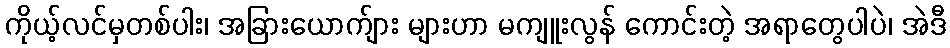
ကိုယ့်လင်မှတစ်ပါး၊ အခြားယောက်ျား များဟာ မကျူးလွန် ကောင်းတဲ့ အရာတွေပါပဲ၊ အဲဒီ